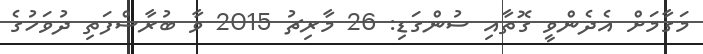
މަގާމަށް އެދެންވީ ގޮތާއި ސުންގަޑި: 26 މާރިޗު 2015 ވާ ބުރާސްފަތި ދުވަހުގެ